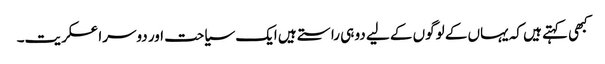
کبھی کہتے ہیں کہ یہاں کے لوگوں کے لیے دو ہی راستے ہیں ایک سیاحت اور دوسرا عسکریت۔